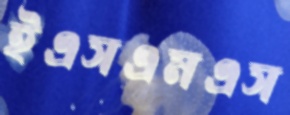
ইএসএমএস